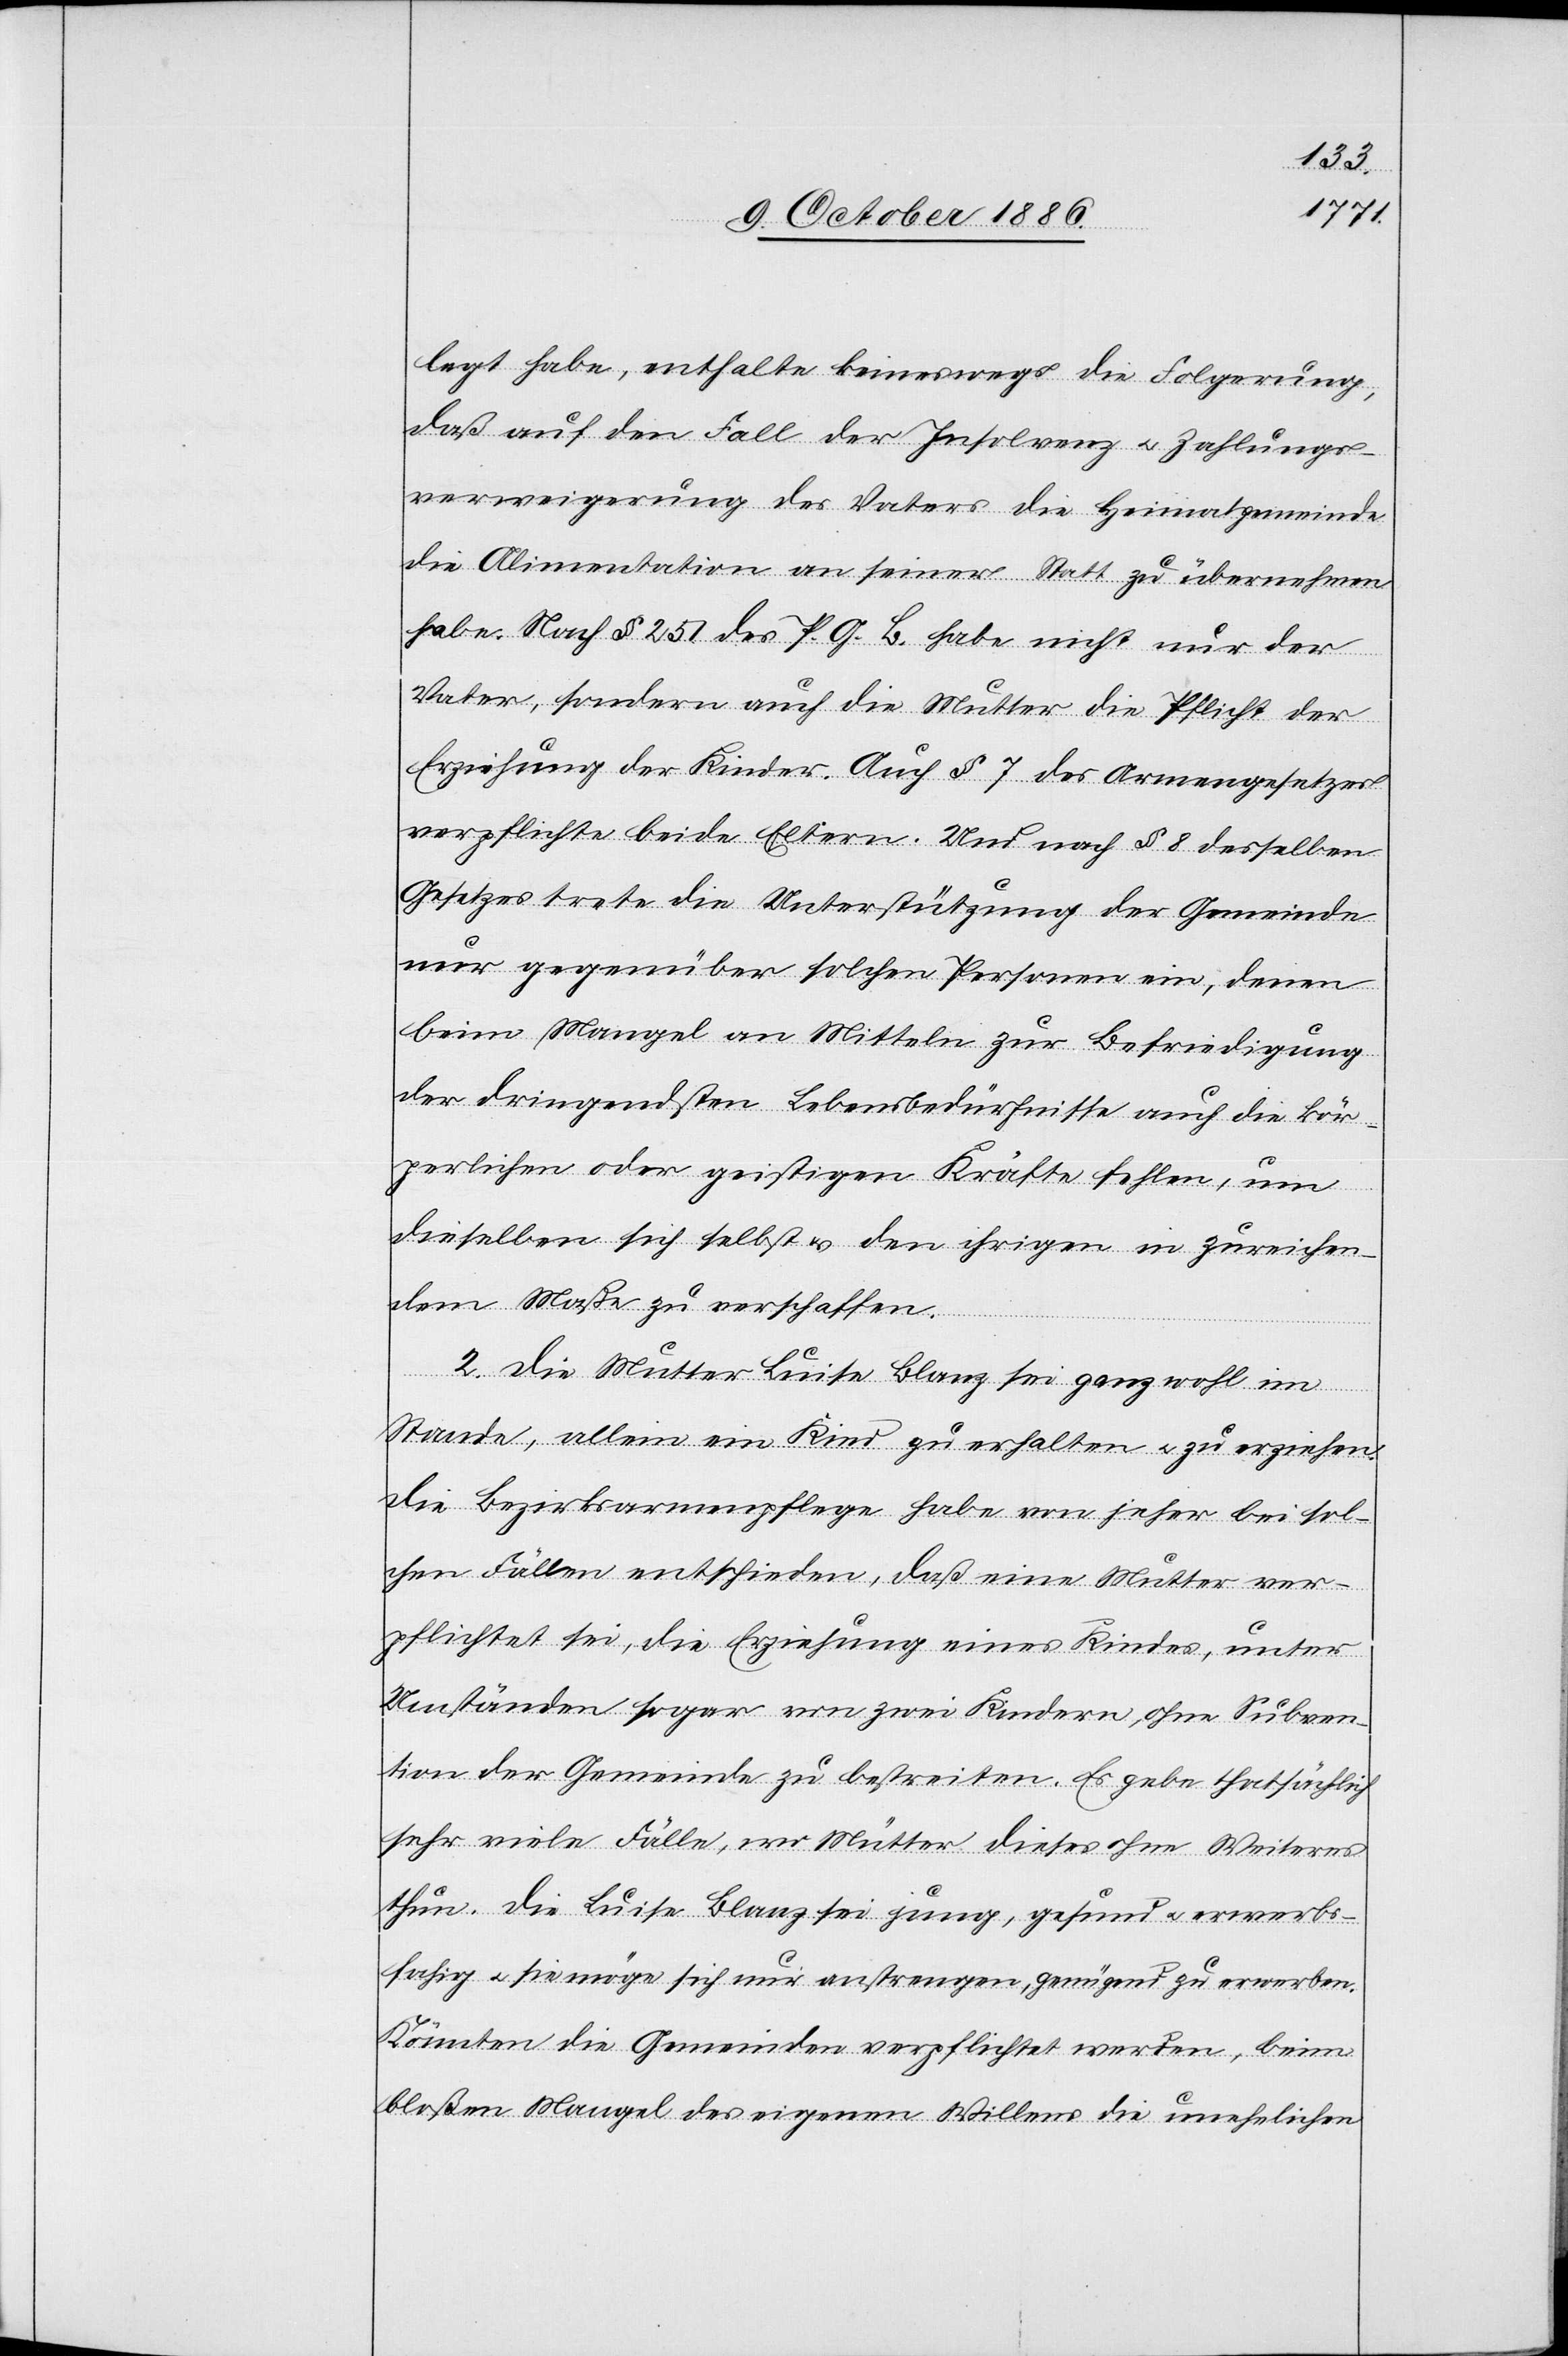
legt habe, enthalte keineswegs die Folgerung,
daß auf den Fall der Insolvenz & Zahlungs¬
verweigerung des Vaters die Heimatgemeinde
die Alimentation an seiner Statt zu übernehmen
habe. Nach § 257 des P. G. B. habe nicht nur der
Vater, sondern auch die Mutter die Pflicht der
Erziehung der Kinder. Auch § 7 des Armengesetzes
verpflichte beide Eltern. Und nach § 8 desselben
Gesetzes trete die Unterstützung der Gemeinde
nur gegenüber solchen Personen ein, denen
beim Mangel an Mitteln zur Befriedigung
der dringendsten Lebensbedürfnisse auch die kör¬
perlichen oder geistigen Kräfte fehlen, um
dieselben sich selbst & den ihrigen in zureichen¬
dem Maße zu verschaffen.
2. Die Mutter Luise Blanz sei ganz wohl im
Stande, allein ein Kind zu erhalten & zu erziehen.
Die Bezirksarmenpflege habe von jeher bei sol¬
chen Fällen entschieden, daß eine Mutter ver¬
pflichtet sei, die Erziehung eines Kindes, unter
Umständen sogar von zwei Kindern, ohne Subven¬
tion der Gemeinde zu bestreiten. Es gebe thatsächlich
sehr viele Fälle, wo Mütter dieses ohne Weiteres
thun. Die Luise Blanz sei jung, gesund & erwerbs¬
fahig [sic!] & sie möge sich nur anstrengen, genügend zu erwerben.
Könnten die Gemeinden verpflichtet werden, beim
bloßen Mangel des eigenen Willens die unehelichen